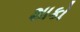
શાકો